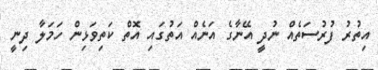
އިތުރު ފުރުސަތެއް ނުދީ އޭނާގެ އަނެއް އަތުގައި އޮތް ކަތިވަޅިން ހަމަލާ ދިނީ